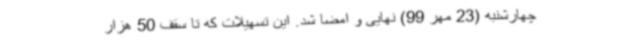
چهارشنبه (23 مهر 99) نهایی و امضا شد. این تسهیلات که تا سقف 50 هزار